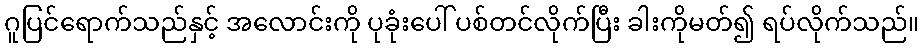
ဂူပြင်ရောက်သည်နှင့် အလောင်းကို ပုခုံးပေါ် ပစ်တင်လိုက်ပြီး ခါးကိုမတ်၍ ရပ်လိုက်သည်။